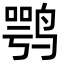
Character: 鹗